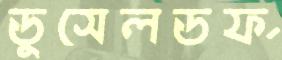
ডুসেলডর্ফ